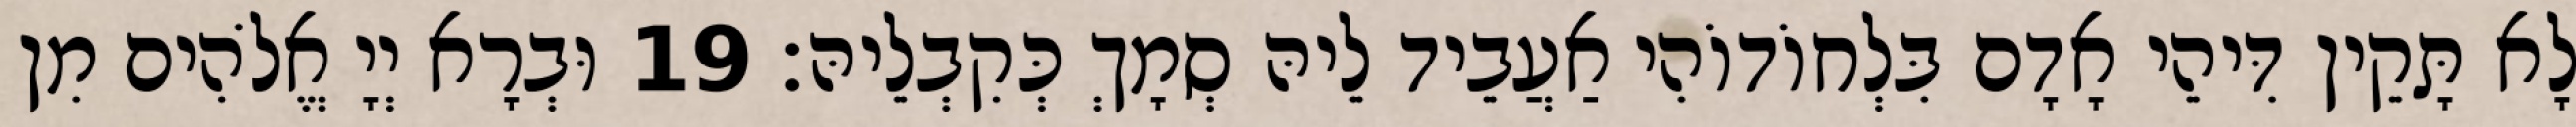
לָא תָּקֵין דִּיהֵי אָדָם בִּלְחוֹדוֹהִי אַעֲבֵיד לֵיהּ סְמָךְ כְּקִבְלֵיהּ׃ 19 וּבְרָא יְיָ אֱלֹהִים מִן